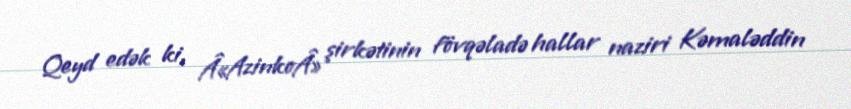
Qeyd edək ki, Â«AzinkoÂ» şirkətinin fövqəladə hallar naziri Kəmaləddin